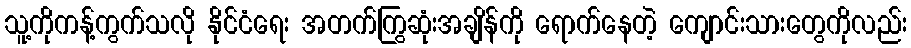
သူ့ကိုကန့်ကွက်သလို နိုင်ငံရေး အတက်ကြွဆုံးအချိန်ကို ရောက်နေတဲ့ ကျောင်းသားတွေကိုလည်း